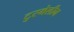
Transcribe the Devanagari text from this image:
टुरमेलीन